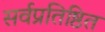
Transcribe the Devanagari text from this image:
सर्वप्रतिष्ठित